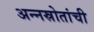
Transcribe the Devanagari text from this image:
अन्नस्रोतांची